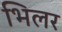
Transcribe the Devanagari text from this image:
भिलर